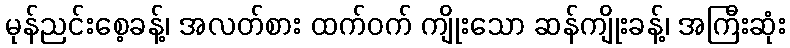
မုန်ညင်းစေ့ခန့်၊ အလတ်စား ထက်ဝက် ကျိုးသော ဆန်ကျိုးခန့်၊ အကြီးဆုံး